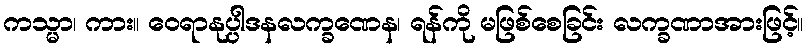
ကသ္မာ၊ ကား။ ဝေရာနုပ္ပါဒနလက္ခဏေန၊ ရန်ကို မဖြစ်စေခြင်း လက္ခဏာအားဖြင့်။